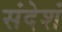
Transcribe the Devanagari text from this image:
संदेशं